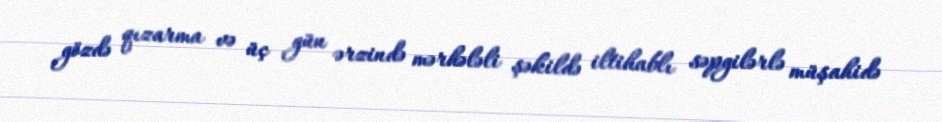
gözdə qızarma və üç gün ərzində mərhələli şəkildə iltihablı səpgilərlə müşahidə